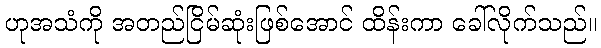
ဟုအသံကို အတည်ငြိမ်ဆုံးဖြစ်အောင် ထိန်းကာ ခေါ်လိုက်သည်။